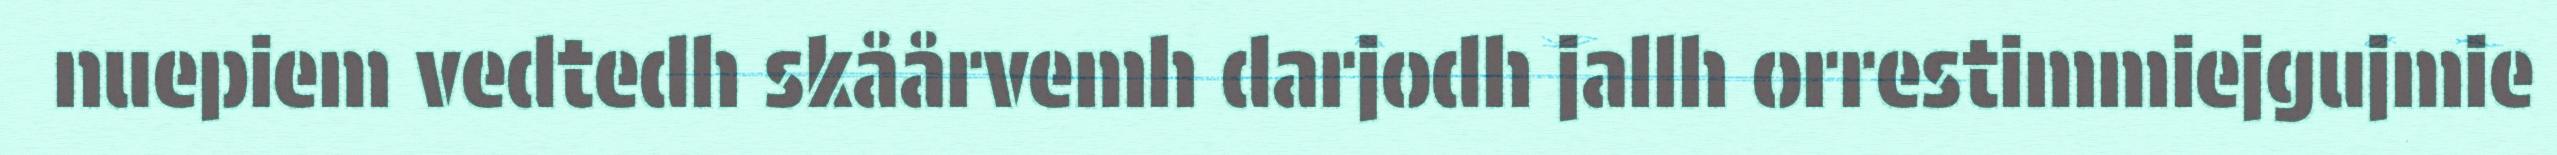
nuepiem vedtedh skåårvemh darjodh jallh orrestimmiejgujmie